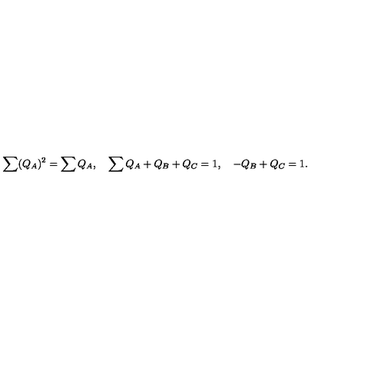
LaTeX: \sum ( Q _ { A } ) ^ { 2 } = \sum Q _ { A } , \quad \sum Q _ { A } + Q _ { B } + Q _ { C } = 1 , \quad - Q _ { B } + Q _ { C } = 1 .